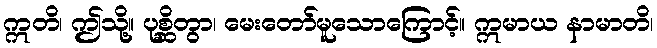
ဣတိ၊ ဤသို့။ ပုစ္ဆိတွာ၊ မေးတော်မူသောကြောင့်။ ဣမာယ နာမာတိ၊